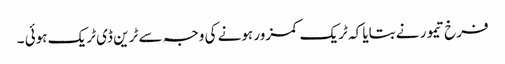
فرخ تیمور نے بتایا کہ ٹریک کمزور ہونے کی وجہ سے ٹرین ڈی ٹریک ہوئی ۔